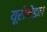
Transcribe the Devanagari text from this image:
यूरोमेडन